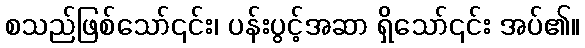
စသည်ဖြစ်သော်၎င်း၊ ပန်းပွင့်အဆာ ရှိသော်၎င်း အပ်၏။